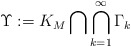
\begin{align*}\Upsilon : = K_M \bigcap \bigcap_{k=1}^{\infty} \Gamma_k\end{align*}